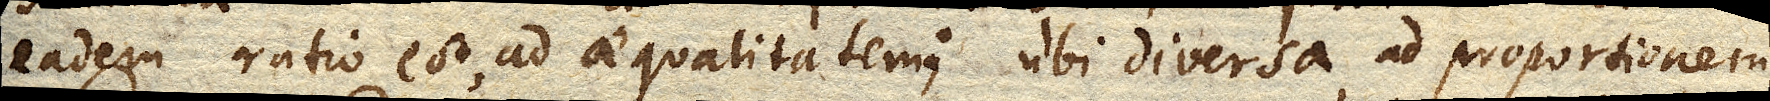
eadem ratio est, ad aequalitatem; ubi diversa, ad proportionem.